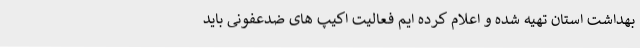
بهداشت استان تهیه شده و اعلام کرده ایم فعالیت اکیپ های ضدعفونی باید